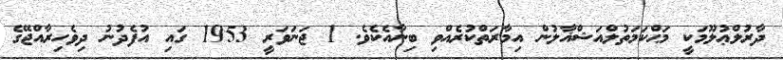
ދާރުލްޢުލޫމަކީ މަޙްކަމަތުލްއަޝްޣާލުން އިމާރަތްކުރެއްވި ބިނާއެކެވެ. 1 ޖަނަވަރީ 1953 ގައި އުފެދުނު ދިވެހިރާއްޖޭގެ